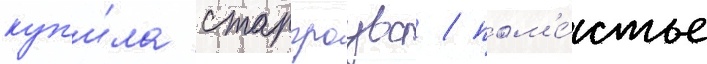
куп'и́ла старгроувс / пом'е́стье